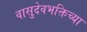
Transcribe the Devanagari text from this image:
वासुदेवभक्तिच्या